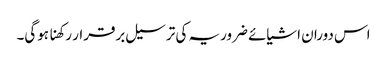
اس دوران اشیائے ضروریہ کی ترسیل برقرار رکھنا ہوگی۔